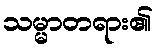
သမ္မာတရား၏